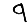
Digit: 9